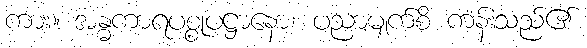
ကား။ အန္ဓကာရပစ္စုပဋ္ဌာနော၊ ပညာမျက်စိ ကန်းသည်၏